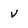
Character: v